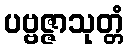
ပဗ္ဗဇ္ဇာသုတ္တံ